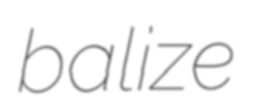
balize